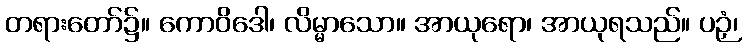
တရားတော်၌။ ကောဝိဒေါ၊ လိမ္မာသော။ အာယုရော၊ အာယုရသည်။ ပဉှံ၊